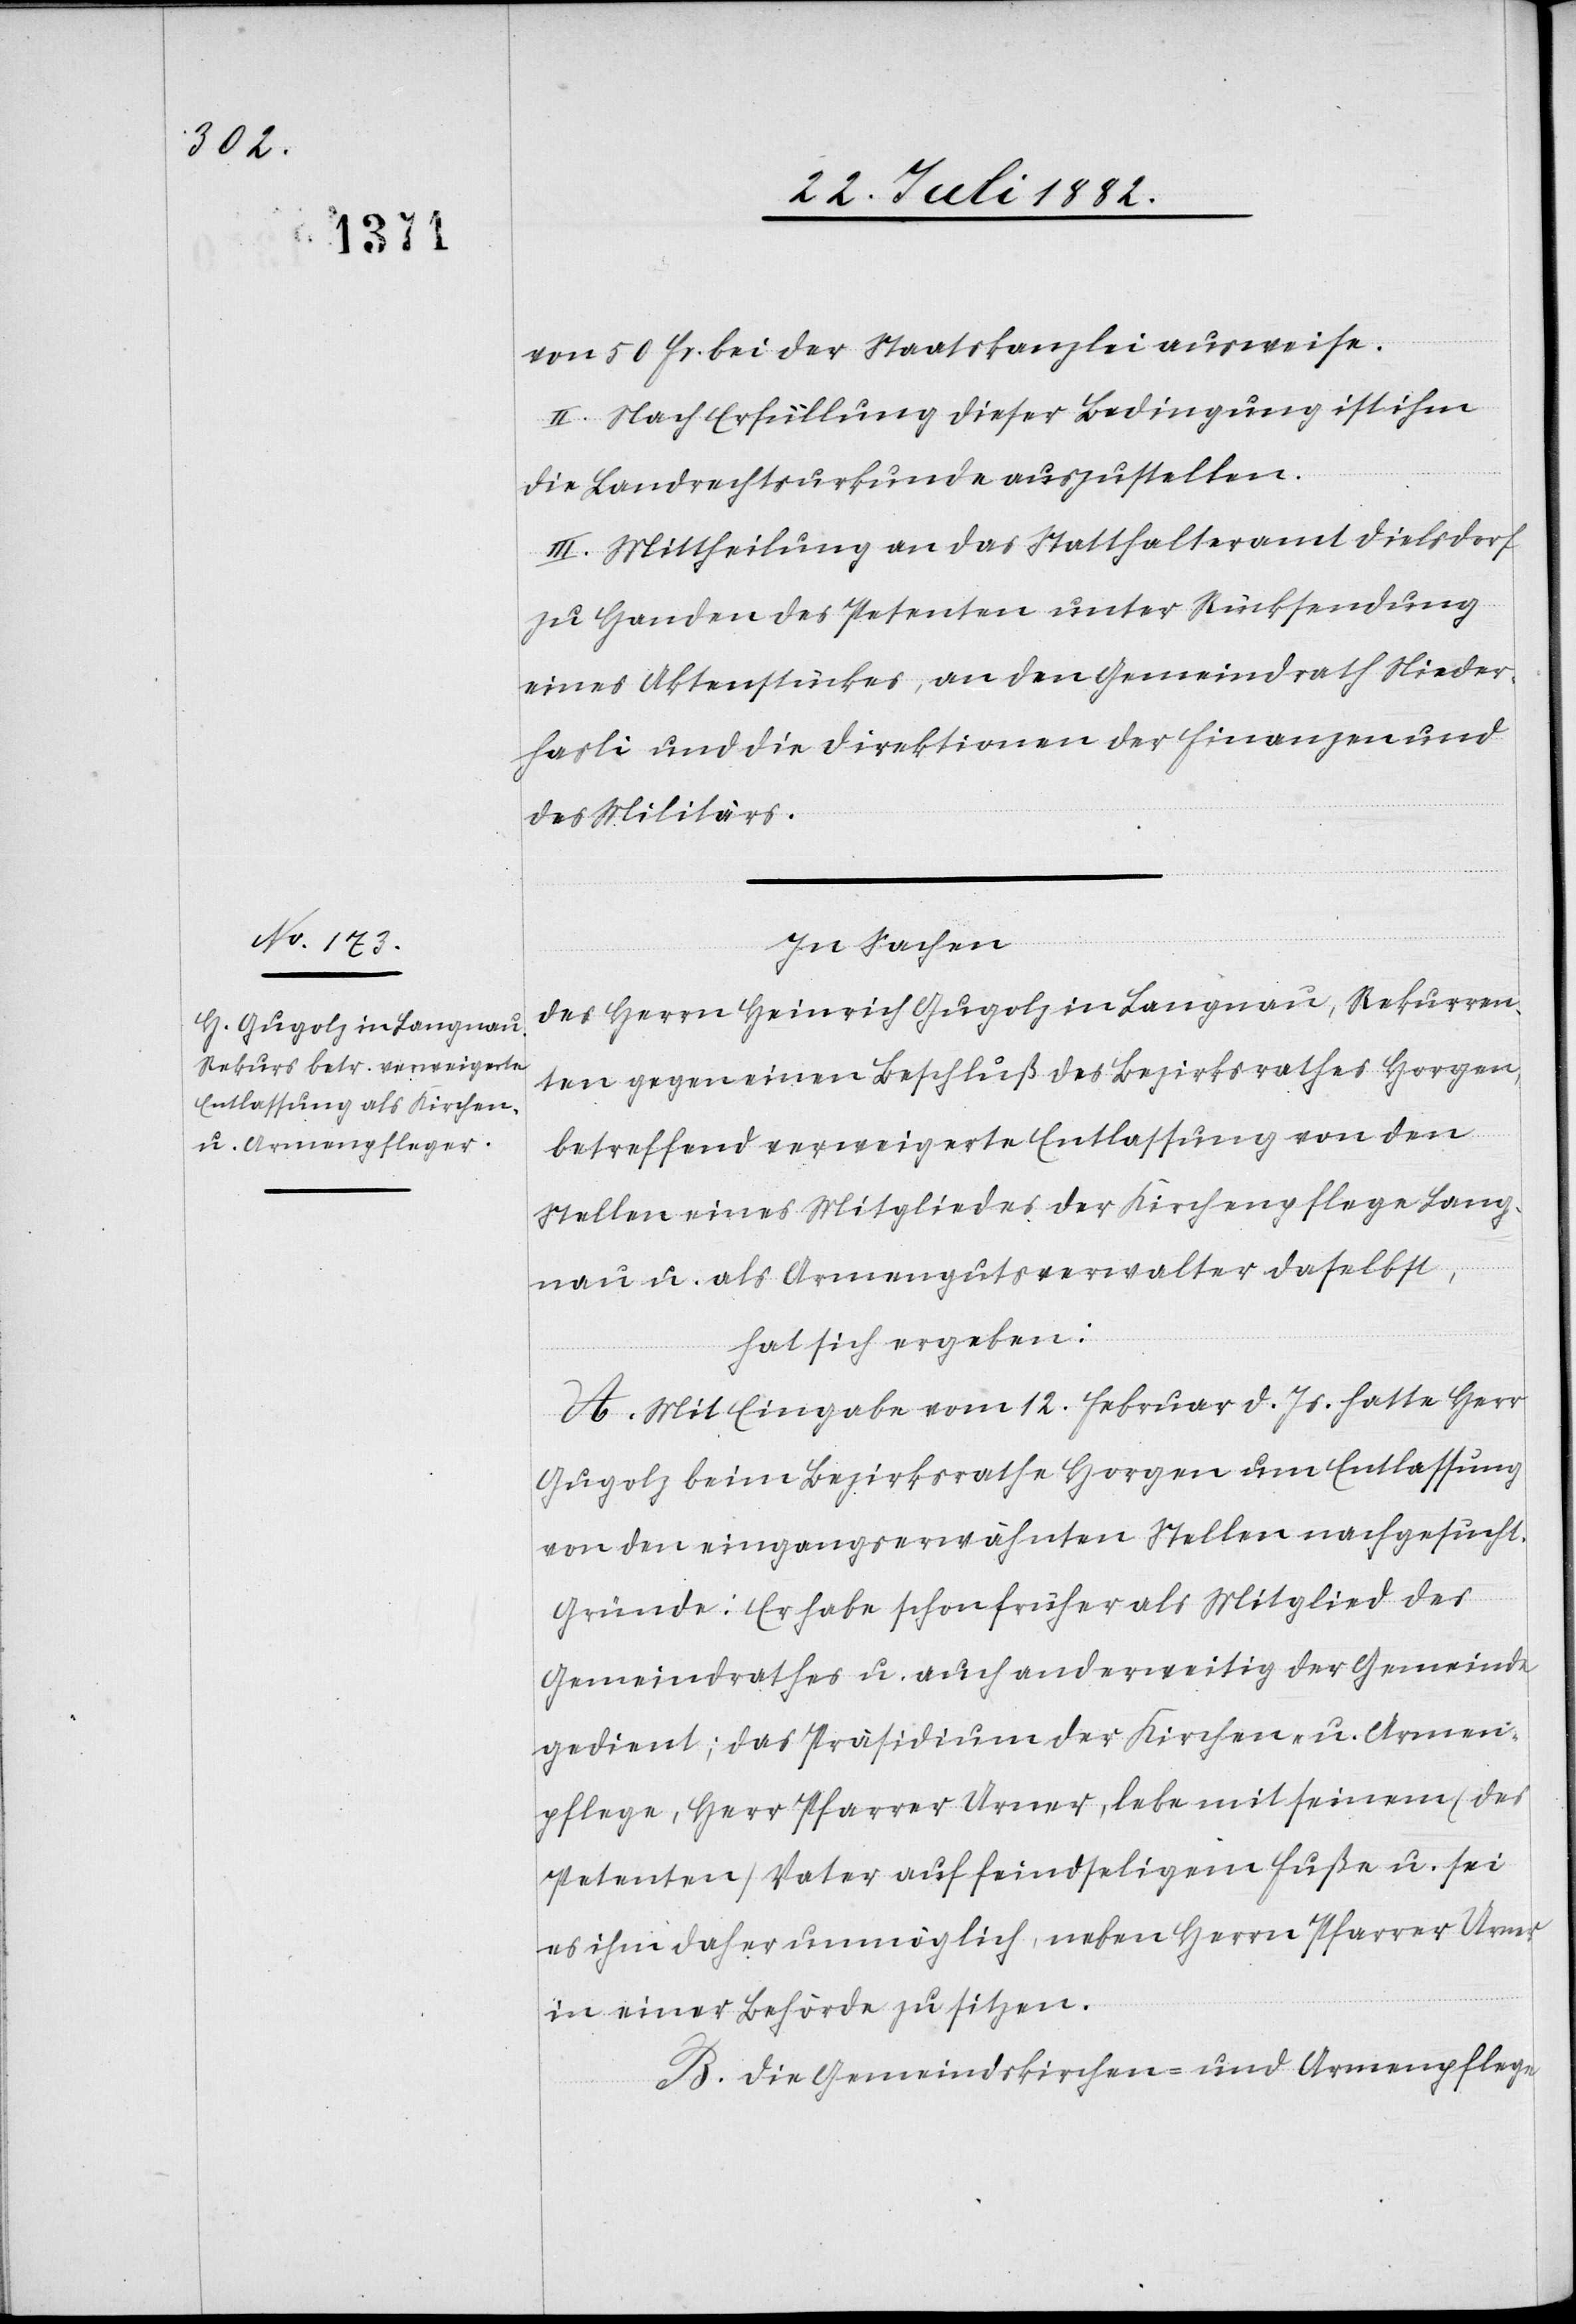
von 50 Fr. bei der Staatskanzlei ausweise.
II. Nach Erfüllung dieser Bedingung ist ihm
die Landrechtsurkunde auszustellen.
III. Mittheilung an das Statthalteramt Dielsdorf
zu Handen des Petenten unter Rücksendung
eines Aktenstückes, an den Gemeindrath Nieder¬
hasli und die Direktionen der Finanzen und
des Militärs.
In Sachen
des Herrn Heinrich Gugolz in Langnau, Rekurren¬
ten gegen einen Beschluß des Bezirksrathes Horgen,
betreffend verweigerte Entlassung von den
Stellen eines Mitgliedes der Kirchenpflege Lang¬
nau u. als Armengutsverwalter daselbst,
hat sich ergeben:
A. Mit Eingabe vom 12. Februar d. Js. hatte Herr
Gugolz beim Bezirksrathe Horgen um Entlassung
von den eingangserwähnten Stellen nachgesucht.
Gründe: Er habe schon früher als Mitglied des
Gemeindrathes u. auch anderweitig der Gemeinde
gedient; das Präsidium der Kirchen- u. Armen¬
pflege, Herr Pfarrer Urner, lebe mit seinem (des
Petenten) Vater auf feindseligem Fuße u. sei
es ihm daher unmöglich, neben Herrn Pfarrer Urner
in einer Behörde zu sitzen.
B. Die Gemeindskirchen- und Armenpflege